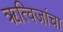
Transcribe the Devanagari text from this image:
ॠत्विजांचा